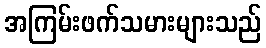
အကြမ်းဖက်သမားများသည်